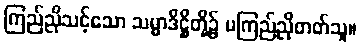
ကြည်ညိုသင့်သော သမ္မာဒိဋ္ဌိတို့၌ မကြည်ညိုတတ်သူ။